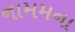
નામમના